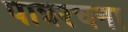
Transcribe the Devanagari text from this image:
पात्ररचना